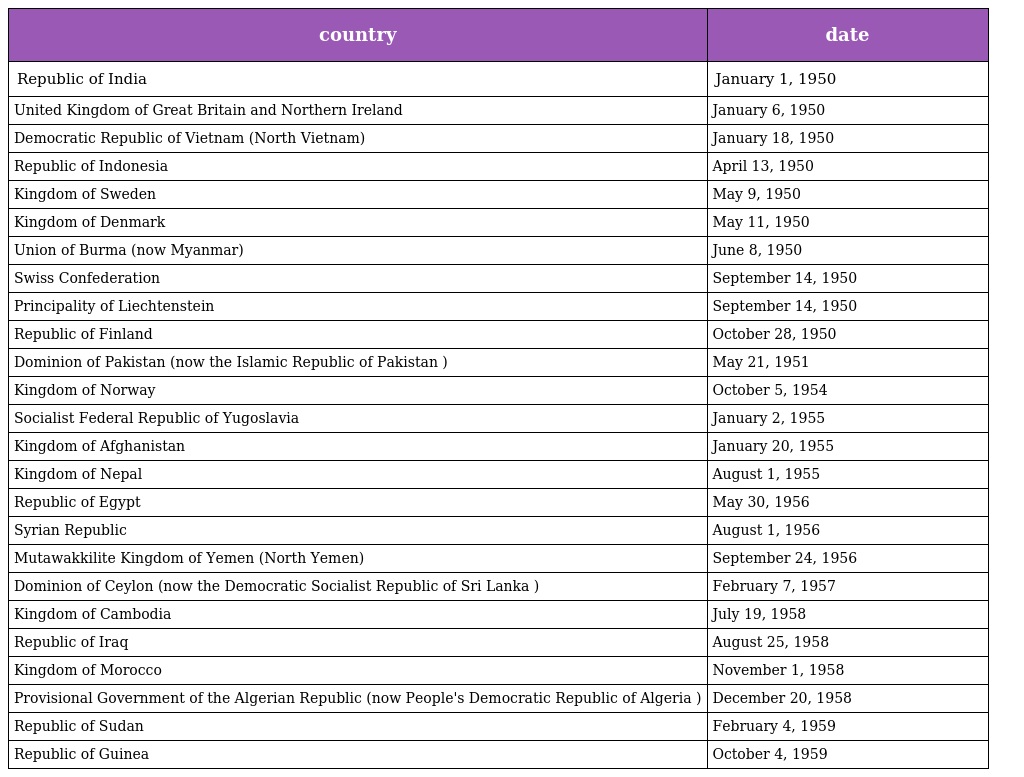
| country | date |
 | --- | --- |
 | Republic of India | January 1, 1950 |
 | United Kingdom of Great Britain and Northern Ireland | January 6, 1950 |
 | Democratic Republic of Vietnam (North Vietnam) | January 18, 1950 |
 | Republic of Indonesia | April 13, 1950 |
 | Kingdom of Sweden | May 9, 1950 |
 | Kingdom of Denmark | May 11, 1950 |
 | Union of Burma (now Myanmar) | June 8, 1950 |
 | Swiss Confederation | September 14, 1950 |
 | Principality of Liechtenstein | September 14, 1950 |
 | Republic of Finland | October 28, 1950 |
 | Dominion of Pakistan (now the Islamic Republic of Pakistan ) | May 21, 1951 |
 | Kingdom of Norway | October 5, 1954 |
 | Socialist Federal Republic of Yugoslavia | January 2, 1955 |
 | Kingdom of Afghanistan | January 20, 1955 |
 | Kingdom of Nepal | August 1, 1955 |
 | Republic of Egypt | May 30, 1956 |
 | Syrian Republic | August 1, 1956 |
 | Mutawakkilite Kingdom of Yemen (North Yemen) | September 24, 1956 |
 | Dominion of Ceylon (now the Democratic Socialist Republic of Sri Lanka ) | February 7, 1957 |
 | Kingdom of Cambodia | July 19, 1958 |
 | Republic of Iraq | August 25, 1958 |
 | Kingdom of Morocco | November 1, 1958 |
 | Provisional Government of the Algerian Republic (now People's Democratic Republic of Algeria ) | December 20, 1958 |
 | Republic of Sudan | February 4, 1959 |
 | Republic of Guinea | October 4, 1959 |